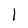
Character: 1